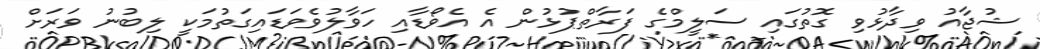
ޝުޖާއު ވިދާޅުވި ގޮތުގައި ސަލީމްގެ ފަރާތްޕުޅުން އެ އެވޯޑާއި ހަވާލުވެވަޑައިގަތުމަކީ ލިބުނު ވަރަށް